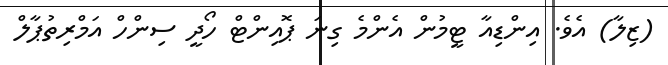
(ޒިލާ) އެވެ. އިންޑިއާ ޓީމުން އެންމެ ގިނަ ޕޮއިންޓް ހޯދީ ސިންހް އަމްރިތުޕާލް